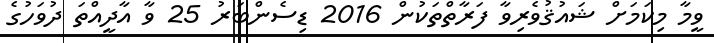
ވީމާ މިކަމަށް ޝައުޤުވެރިވާ ފަރާތްތަކުން 2016 ޑިސެންބަރު 25 ވާ އާދީއްތަ ދުވަހުގެ